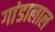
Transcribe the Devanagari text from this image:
गांडालाल